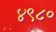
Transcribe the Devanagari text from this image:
४९८०